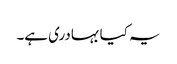
یہ کیا بہادری ہے۔